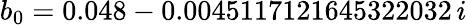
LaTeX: b_{0}=0.048-0.0045117121645322032\, i